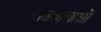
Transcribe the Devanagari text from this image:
पाठशालाओ